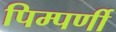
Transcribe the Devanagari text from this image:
पिम्पर्णी